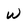
Character: w